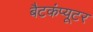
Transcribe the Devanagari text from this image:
बैटकंप्यूटर